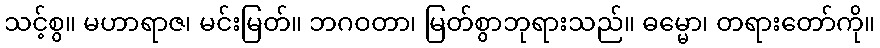
သင့်စွ။ မဟာရာဇ၊ မင်းမြတ်။ ဘဂဝတာ၊ မြတ်စွာဘုရားသည်။ ဓမ္မော၊ တရားတော်ကို။